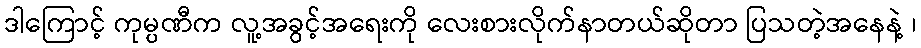
ဒါကြောင့် ကုမ္ပဏီက လူ့အခွင့်အရေးကို လေးစားလိုက်နာတယ်ဆိုတာ ပြသတဲ့အနေနဲ့ ၊